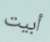
أبيت